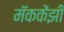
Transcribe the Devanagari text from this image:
मॅककेंझी